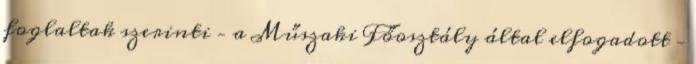
foglaltak szerinti – a Műszaki Főosztály által elfogadott –